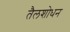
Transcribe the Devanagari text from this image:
तैलशोधन